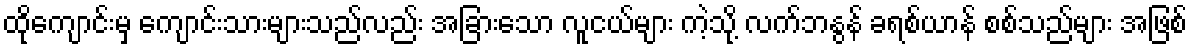
ထိုကျောင်းမှ ကျောင်းသားများသည်လည်း အခြားသော လူငယ်များ ကဲ့သို့ လက်ဘနွန် ခရစ်ယာန် စစ်သည်များ အဖြစ်